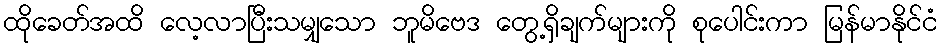
ထိုခေတ်အထိ လေ့လာပြီးသမျှသော ဘူမိဗေဒ တွေ့ရှိချက်များကို စုပေါင်းကာ မြန်မာနိုင်ငံ